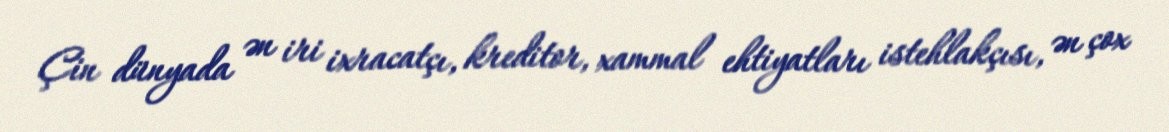
Çin dünyada ən iri ixracatçı, kreditor, xammal ehtiyatları istehlakçısı, ən çox